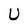
Character: U